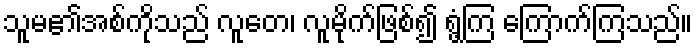
သူမ၏အစ်ကိုသည် လူတေ၊ လူမိုက်ဖြစ်၍ ရွံ့ကြ ကြောက်ကြသည်။